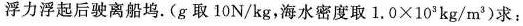
浮力浮起后驶离船坞。(g取10N/kg，海水密度取$$1 . 0 \times 10 ^ { 3 } kg/m ^ { 3 }$$求：